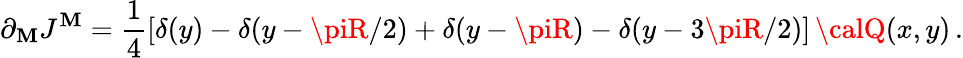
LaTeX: \partial_{\mathbf{M}}J^{\mathbf{M}}=\frac{{1}}{{4}}\left[\delta(y)-\delta(y-\piR/2)+\delta(y-\piR)-\delta(y-3\piR/2)\right]\, {\calQ}(x,y)\, .